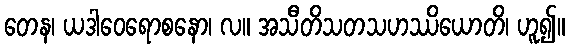
တေန၊ ယဒါဝေရောစနော၊ လ။ အသီတိသတသဟဿိယောတိ၊ ဟူ၍။